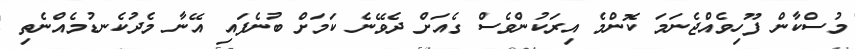
މުސްކާން ފޫހިވެއްޖެނަމަ ކޮންމެ އިރަކުންވެސް ގެއަށް ދެވޭނެ ކަމަށް ބުނެފައި އޭނާ މެދުކެނޑުމެއްނެތި